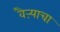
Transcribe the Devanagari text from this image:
वैऱ्याचा